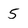
Character: 5